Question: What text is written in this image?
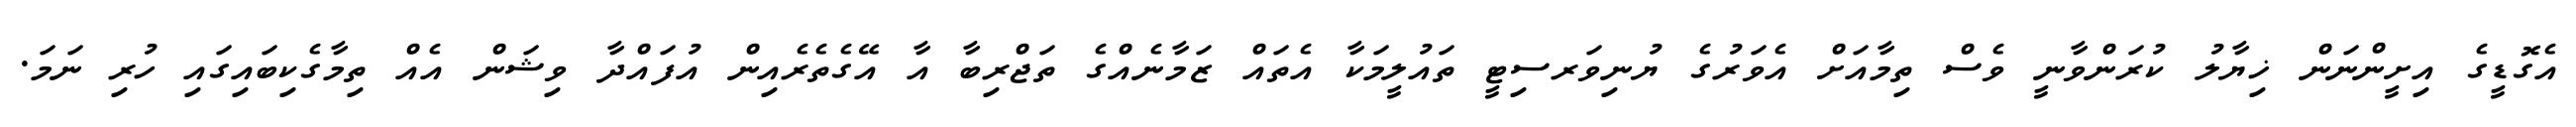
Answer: އެގޮޑީގެ އިށީންނަން ޚިޔާލު ކުރަންވާނީ ވެސް ތިމާއަށް އެވަރުގެ ޔުނިވަރސިޓީ ތައުލީމަކާ އެތައް ޒަމާނެއްގެ ތަޖްރިބާ އާ އޭގެތެރެއިން އުފައްދާ ވިޝަން އެއް ތިމާގެކިބައިގައި ހުރި ނަމަ.